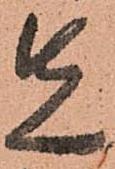
先